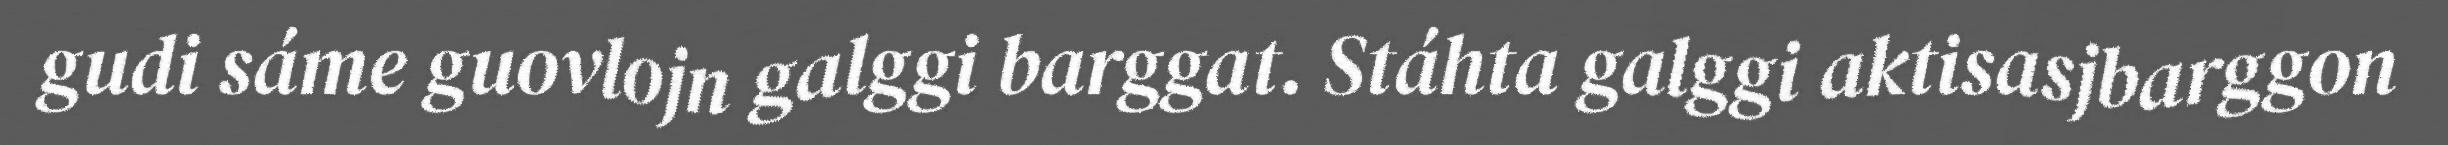
gudi sáme guovlojn galggi barggat. Stáhta galggi aktisasjbarggon